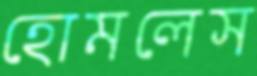
হোমলেস